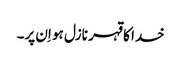
خدا کا قہر نازل ہو اِن پر۔